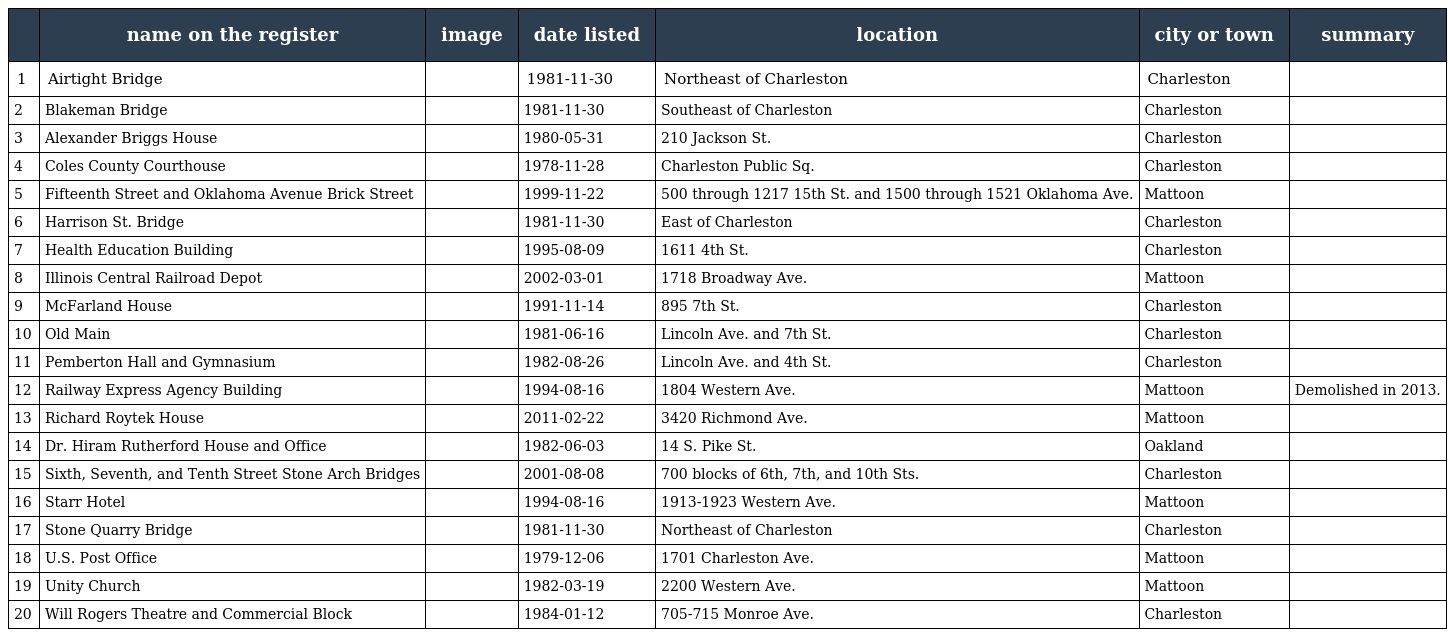
|  | name on the register | image | date listed | location | city or town | summary |
 | --- | --- | --- | --- | --- | --- | --- |
 | 1 | Airtight Bridge |  | 1981-11-30 | Northeast of Charleston | Charleston |  |
 | 2 | Blakeman Bridge |  | 1981-11-30 | Southeast of Charleston | Charleston |  |
 | 3 | Alexander Briggs House |  | 1980-05-31 | 210 Jackson St. | Charleston |  |
 | 4 | Coles County Courthouse |  | 1978-11-28 | Charleston Public Sq. | Charleston |  |
 | 5 | Fifteenth Street and Oklahoma Avenue Brick Street |  | 1999-11-22 | 500 through 1217 15th St. and 1500 through 1521 Oklahoma Ave. | Mattoon |  |
 | 6 | Harrison St. Bridge |  | 1981-11-30 | East of Charleston | Charleston |  |
 | 7 | Health Education Building |  | 1995-08-09 | 1611 4th St. | Charleston |  |
 | 8 | Illinois Central Railroad Depot |  | 2002-03-01 | 1718 Broadway Ave. | Mattoon |  |
 | 9 | McFarland House |  | 1991-11-14 | 895 7th St. | Charleston |  |
 | 10 | Old Main |  | 1981-06-16 | Lincoln Ave. and 7th St. | Charleston |  |
 | 11 | Pemberton Hall and Gymnasium |  | 1982-08-26 | Lincoln Ave. and 4th St. | Charleston |  |
 | 12 | Railway Express Agency Building |  | 1994-08-16 | 1804 Western Ave. | Mattoon | Demolished in 2013. |
 | 13 | Richard Roytek House |  | 2011-02-22 | 3420 Richmond Ave. | Mattoon |  |
 | 14 | Dr. Hiram Rutherford House and Office |  | 1982-06-03 | 14 S. Pike St. | Oakland |  |
 | 15 | Sixth, Seventh, and Tenth Street Stone Arch Bridges |  | 2001-08-08 | 700 blocks of 6th, 7th, and 10th Sts. | Charleston |  |
 | 16 | Starr Hotel |  | 1994-08-16 | 1913-1923 Western Ave. | Mattoon |  |
 | 17 | Stone Quarry Bridge |  | 1981-11-30 | Northeast of Charleston | Charleston |  |
 | 18 | U.S. Post Office |  | 1979-12-06 | 1701 Charleston Ave. | Mattoon |  |
 | 19 | Unity Church |  | 1982-03-19 | 2200 Western Ave. | Mattoon |  |
 | 20 | Will Rogers Theatre and Commercial Block |  | 1984-01-12 | 705-715 Monroe Ave. | Charleston |  |